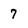
Character: 7